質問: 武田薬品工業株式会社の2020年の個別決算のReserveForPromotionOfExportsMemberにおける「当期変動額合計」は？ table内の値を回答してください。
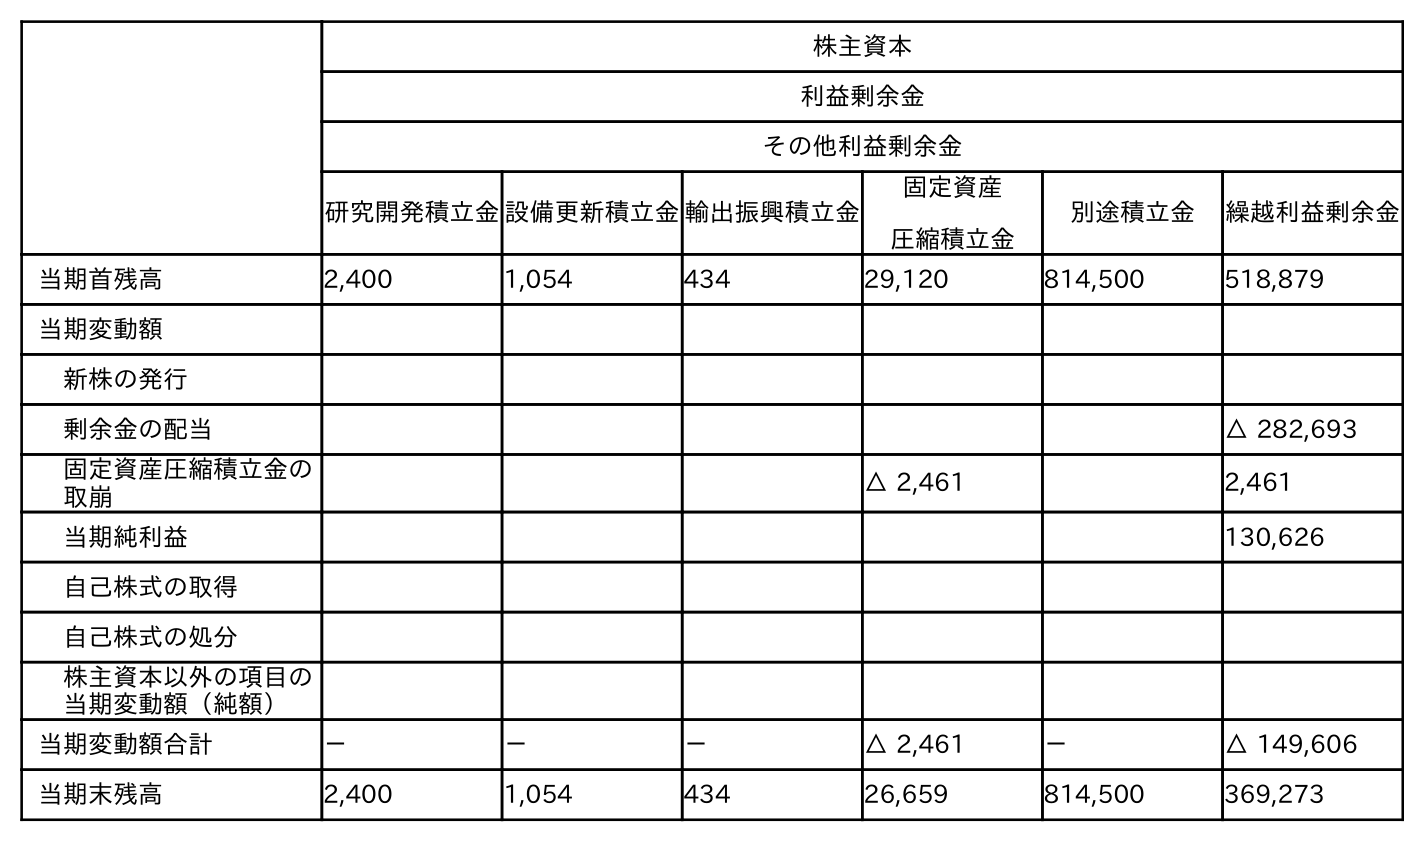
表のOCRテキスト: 株主資本 利益剰余金 その他利益剰余金 研究開発積立金設備更新積立金輸出振興積立金 固定資産 圧縮積立金 別途積立金 繰越利益剰余金 当期首残高 2,400 1,054 434 29,120 814,500 518,879 当期変動額 新株の発行 剰余金の配当 △ 282,693 固定資産圧縮積立金の 取崩 △ 2,461 2,461 当期純利益 130,626 自己株式の取得 自己株式の処分 株主資本以外の項目の 当期変動額（純額） 当期変動額合計 － － － △ 2,461 － △ 149,606 当期末残高 2,400 1,054 434 26,659 814,500 369,273
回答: －